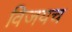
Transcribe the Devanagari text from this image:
विजयच